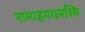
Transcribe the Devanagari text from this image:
नामाहमयमस्मि